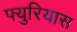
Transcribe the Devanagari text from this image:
फ्युरियास